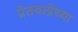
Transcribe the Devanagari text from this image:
प्रेतयात्रेच्या